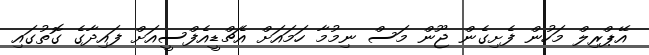
އޭޕްރިލް މަހުން ފެށިގެން ޖޫން މަސް ނިމުމާ ހަމައަށް އެޗްޑީއެފްސީއަށް ފައިދާގެ ގޮތުގައި